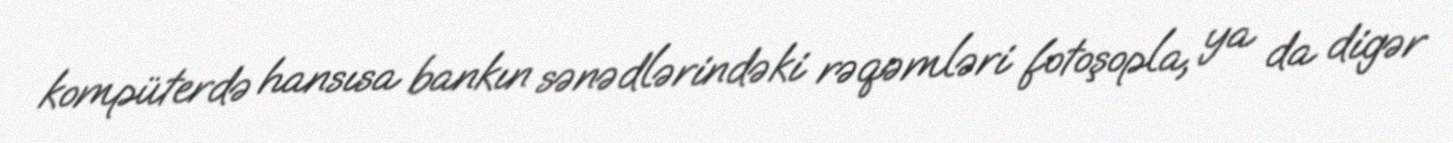
kompüterdə hansısa bankın sənədlərindəki rəqəmləri fotoşopla, ya da digər